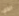
الذي